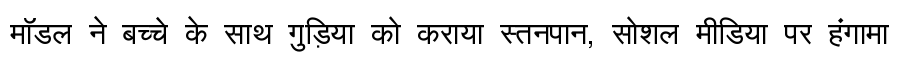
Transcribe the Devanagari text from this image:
मॉडल ने बच्चे के साथ गुड़िया को कराया स्तनपान, सोशल मीडिया पर हंगामा